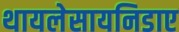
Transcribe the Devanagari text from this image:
थायलेसायनिडाए